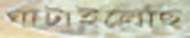
ঘাটাইলেছি